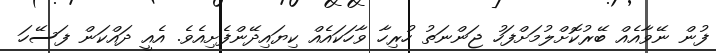
ފުން ނޭވާއެއް ބޭރުކޮށްލުމަށްފަހު ޖަންނަތު ހުރިހާ ވާހަކައެއް ކިޔައިދޭންފެށިއެވެ. އެއީ ދައްކަން ފަސޭހަ